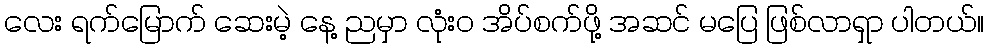
လေး ရက်မြောက် ဆေးမဲ့ နေ့ ညမှာ လုံးဝ အိပ်စက်ဖို့ အဆင် မပြေ ဖြစ်လာရှာ ပါတယ်။